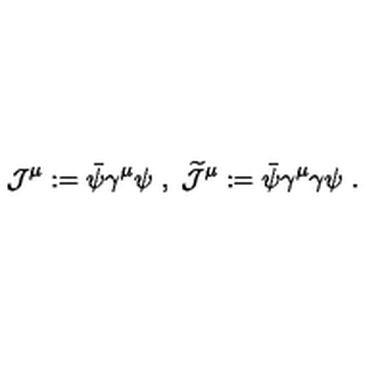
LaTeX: { \mathcal J } ^ { \mu } : = \bar { \psi } \gamma ^ { \mu } \psi \ , \ \widetilde { { \mathcal J } } ^ { \mu } : = \bar { \psi } \gamma ^ { \mu } \gamma \psi \ .